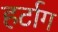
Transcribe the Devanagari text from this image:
हर्टाग